Civil Veterinary Department Bihar & Orissa reports 1929-36 - 1929-1936
Year: 1929
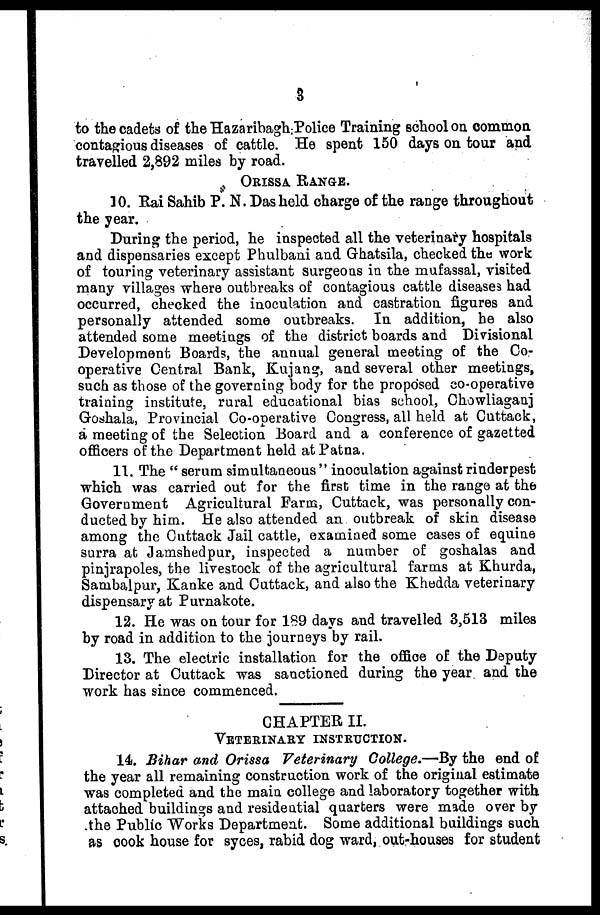
3
to the cadets of the Hazaribagh Police Training school on common
contagious diseases of cattle. He spent 150 days on tour and
travelled 2,892 miles by road.
ORISSA RANGE.
10. Rai Sahib P. N. Das held charge of the range throughout
the year.
During the period, he inspected all the veterinary hospitals
and dispensaries except Phulbani and Ghatsila, checked the work
of touring veterinary assistant surgeons in the mufassal, visited
many villages where outbreaks of contagious cattle diseases had
occurred, checked the inoculation and castration figures and
personally attended some outbreaks. In addition, be also
attended some meetings of the district boards and Divisional
Development Boards, the annual general meeting of the Co-
operative Central Bank, Kujang, and several other meetings,
such as those of the governing body for the proposed co-operative
training institute, rural educational bias school, Chowliaganj
Goshala, Provincial Co-operative Congress, all held at Cuttack,
a meeting of the Selection Board and a conference of gazetted
officers of the Department held at Patna.
11. The "serum simultaneous " inoculation against rinderpest
which was carried out for the first time in the range at the
Government Agricultural Farm, Cuttack, was personally con-
ducted by him. He also attended an outbreak of skin disease
among the Cuttack Jail cattle, examined some cases of equine
surra at Jamshedpur, inspected a number of goshalas and
pinjrapoles, the livestock of the agricultural farms at Khurda,
Sambalpur, Kanke and Cuttack, and also the Khedda veterinary
dispensary at Purnakote.
12. He was on tour for 189 days and travelled 3,513 miles
by road in addition to the journeys by rail.
13. The electric installation for the office of the Deputy
Director at Cuttack was sanctioned during the year and the
work has since commenced.
CHAPTER II.
VETERINARY INSTRUCTION.
14. Bihar and Orissa Veterinary College.—By the end of
the year all remaining construction work of the original estimate
was completed and the main college and laboratory together with
attached buildings and residential quarters were made over by
the Public Works Department. Some additional buildings such
as cook house for syces, rabid dog ward, out-houses for student